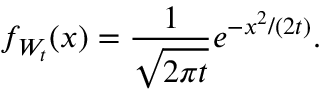
f _ { W _ { t } } ( x ) = { \frac { 1 } { \sqrt { 2 \pi t } } } e ^ { - x ^ { 2 } / ( 2 t ) } .